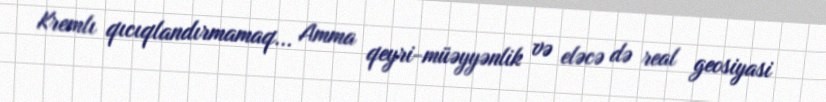
Kremlı qıcıqlandırmamaq... Amma qeyri-müəyyənlik və eləcə də real geosiyasi